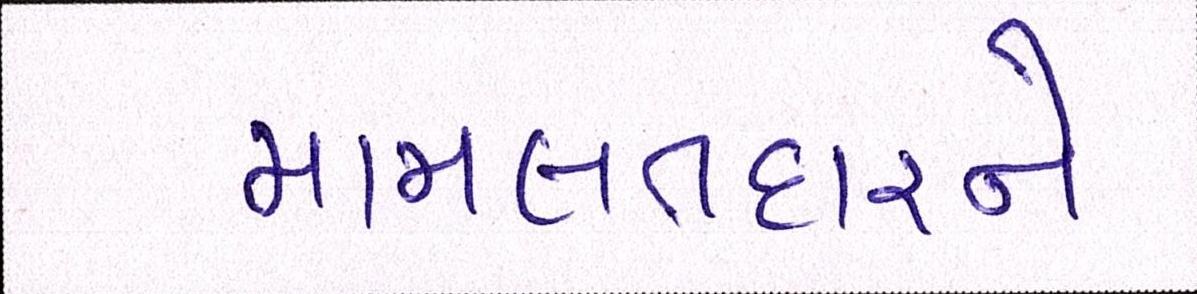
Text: મામલતદારને